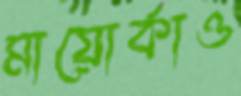
মায়োর্কাও